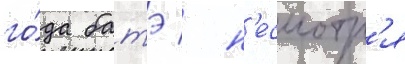
го́да батэ / н'есмотр'я